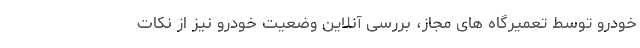
خودرو توسط تعمیرگاه های مجاز، بررسی آنلاین وضعیت خودرو نیز از نکات